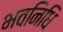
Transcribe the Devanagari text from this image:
भवनिधि